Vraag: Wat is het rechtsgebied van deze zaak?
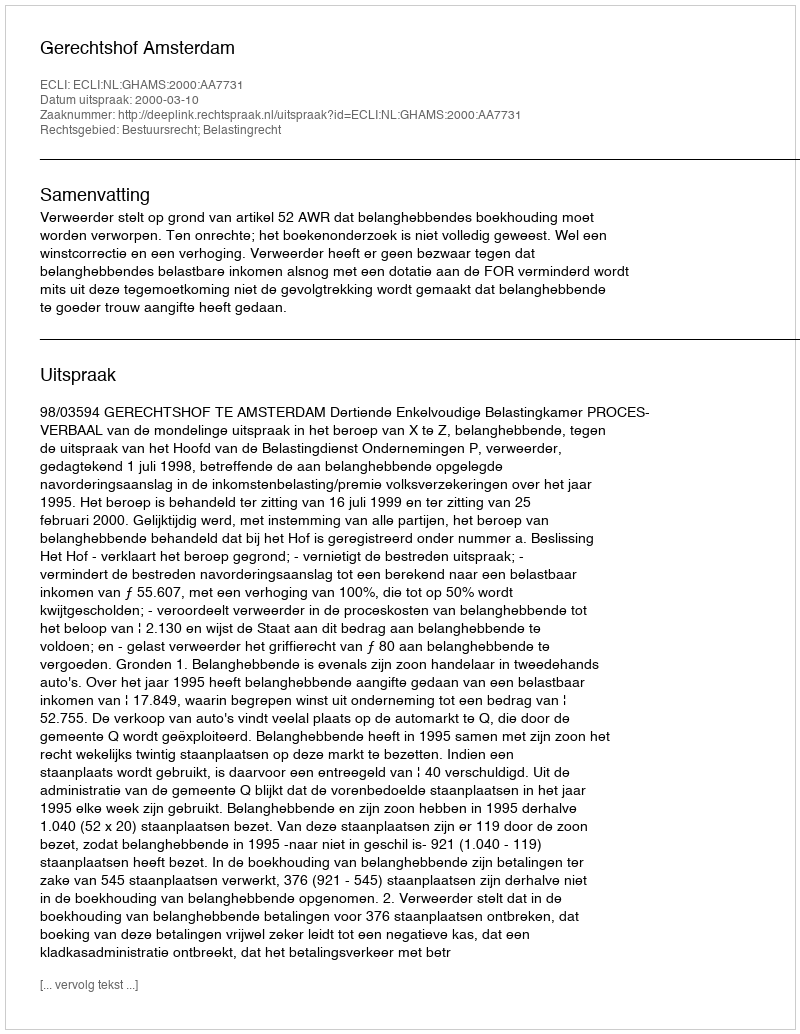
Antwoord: Bestuursrecht; Belastingrecht